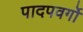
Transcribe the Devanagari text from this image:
पादपवर्गो